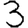
Digit: 3